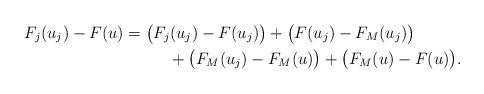
LaTeX: \begin{align*}F_j (u_j) - F(u) & = \big( F_j (u_j) - F(u_j) \big)+ \big( F (u_j) - F_M(u_j) \big) \\& \hphantom{XXX}+ \big( F_M (u_j) - F_M(u) \big)+ \big( F_M (u) - F(u) \big).\end{align*}